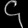
Digit: ၄